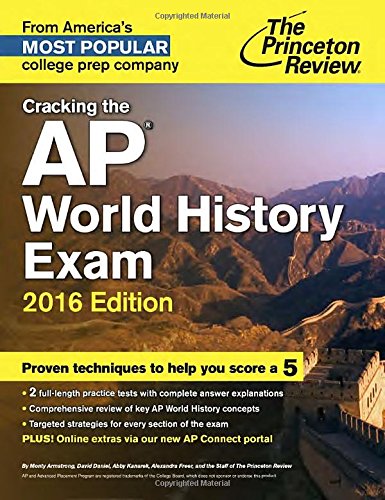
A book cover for Cracking the AP World History Exam, 2016 Edition (College Test Preparation); Princeton Review; Test Preparation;